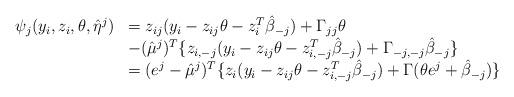
LaTeX: \begin{align*}\begin{array}{rl}\psi_j(y_i,z_i,\theta,\hat\eta^j) & = z_{ij}(y_i-z_{ij}\theta-z_{i}^T\hat \beta_{-j})+\Gamma_{jj}\theta\\& -(\hat \mu^j)^T\{z_{i,-j}(y_i-z_{ij}\theta-z_{i,-j}^T\hat \beta_{-j})+\Gamma_{-j,-j}\hat \beta_{-j} \} \\& = (e^j-\hat\mu^j)^T\{z_{i}(y_i-z_{ij}\theta-z_{i,-j}^T\hat \beta_{-j})+\Gamma(\theta e^j+\hat\beta_{-j})\}\end{array}\end{align*}